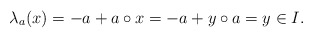
\begin{align*}\lambda_a(x)=-a+a\circ x=-a+y\circ a=y\in I.\end{align*}